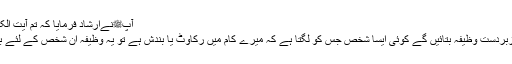
آپﷺنےارشاد فرمایا کہ تم آیت الکرسی کیوں نہیں پڑھتے
آج ہم آپ کو ایک بہت زبردست وظیفہ بتائیں گے کوئی ایسا شخص جس کو لگتا ہے کہ میرے کام میں رکاوٹ یا بندش ہے تو یہ وظیفہ ان شخص کے لئے بہت فائدہ مند ثابت ہوگا۔